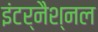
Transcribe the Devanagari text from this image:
इंटर्नैश्नल